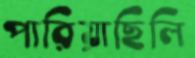
পারিয়াছিলি